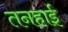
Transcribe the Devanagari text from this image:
तनहाई